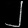
Digit: ၂